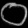
Digit: ၀